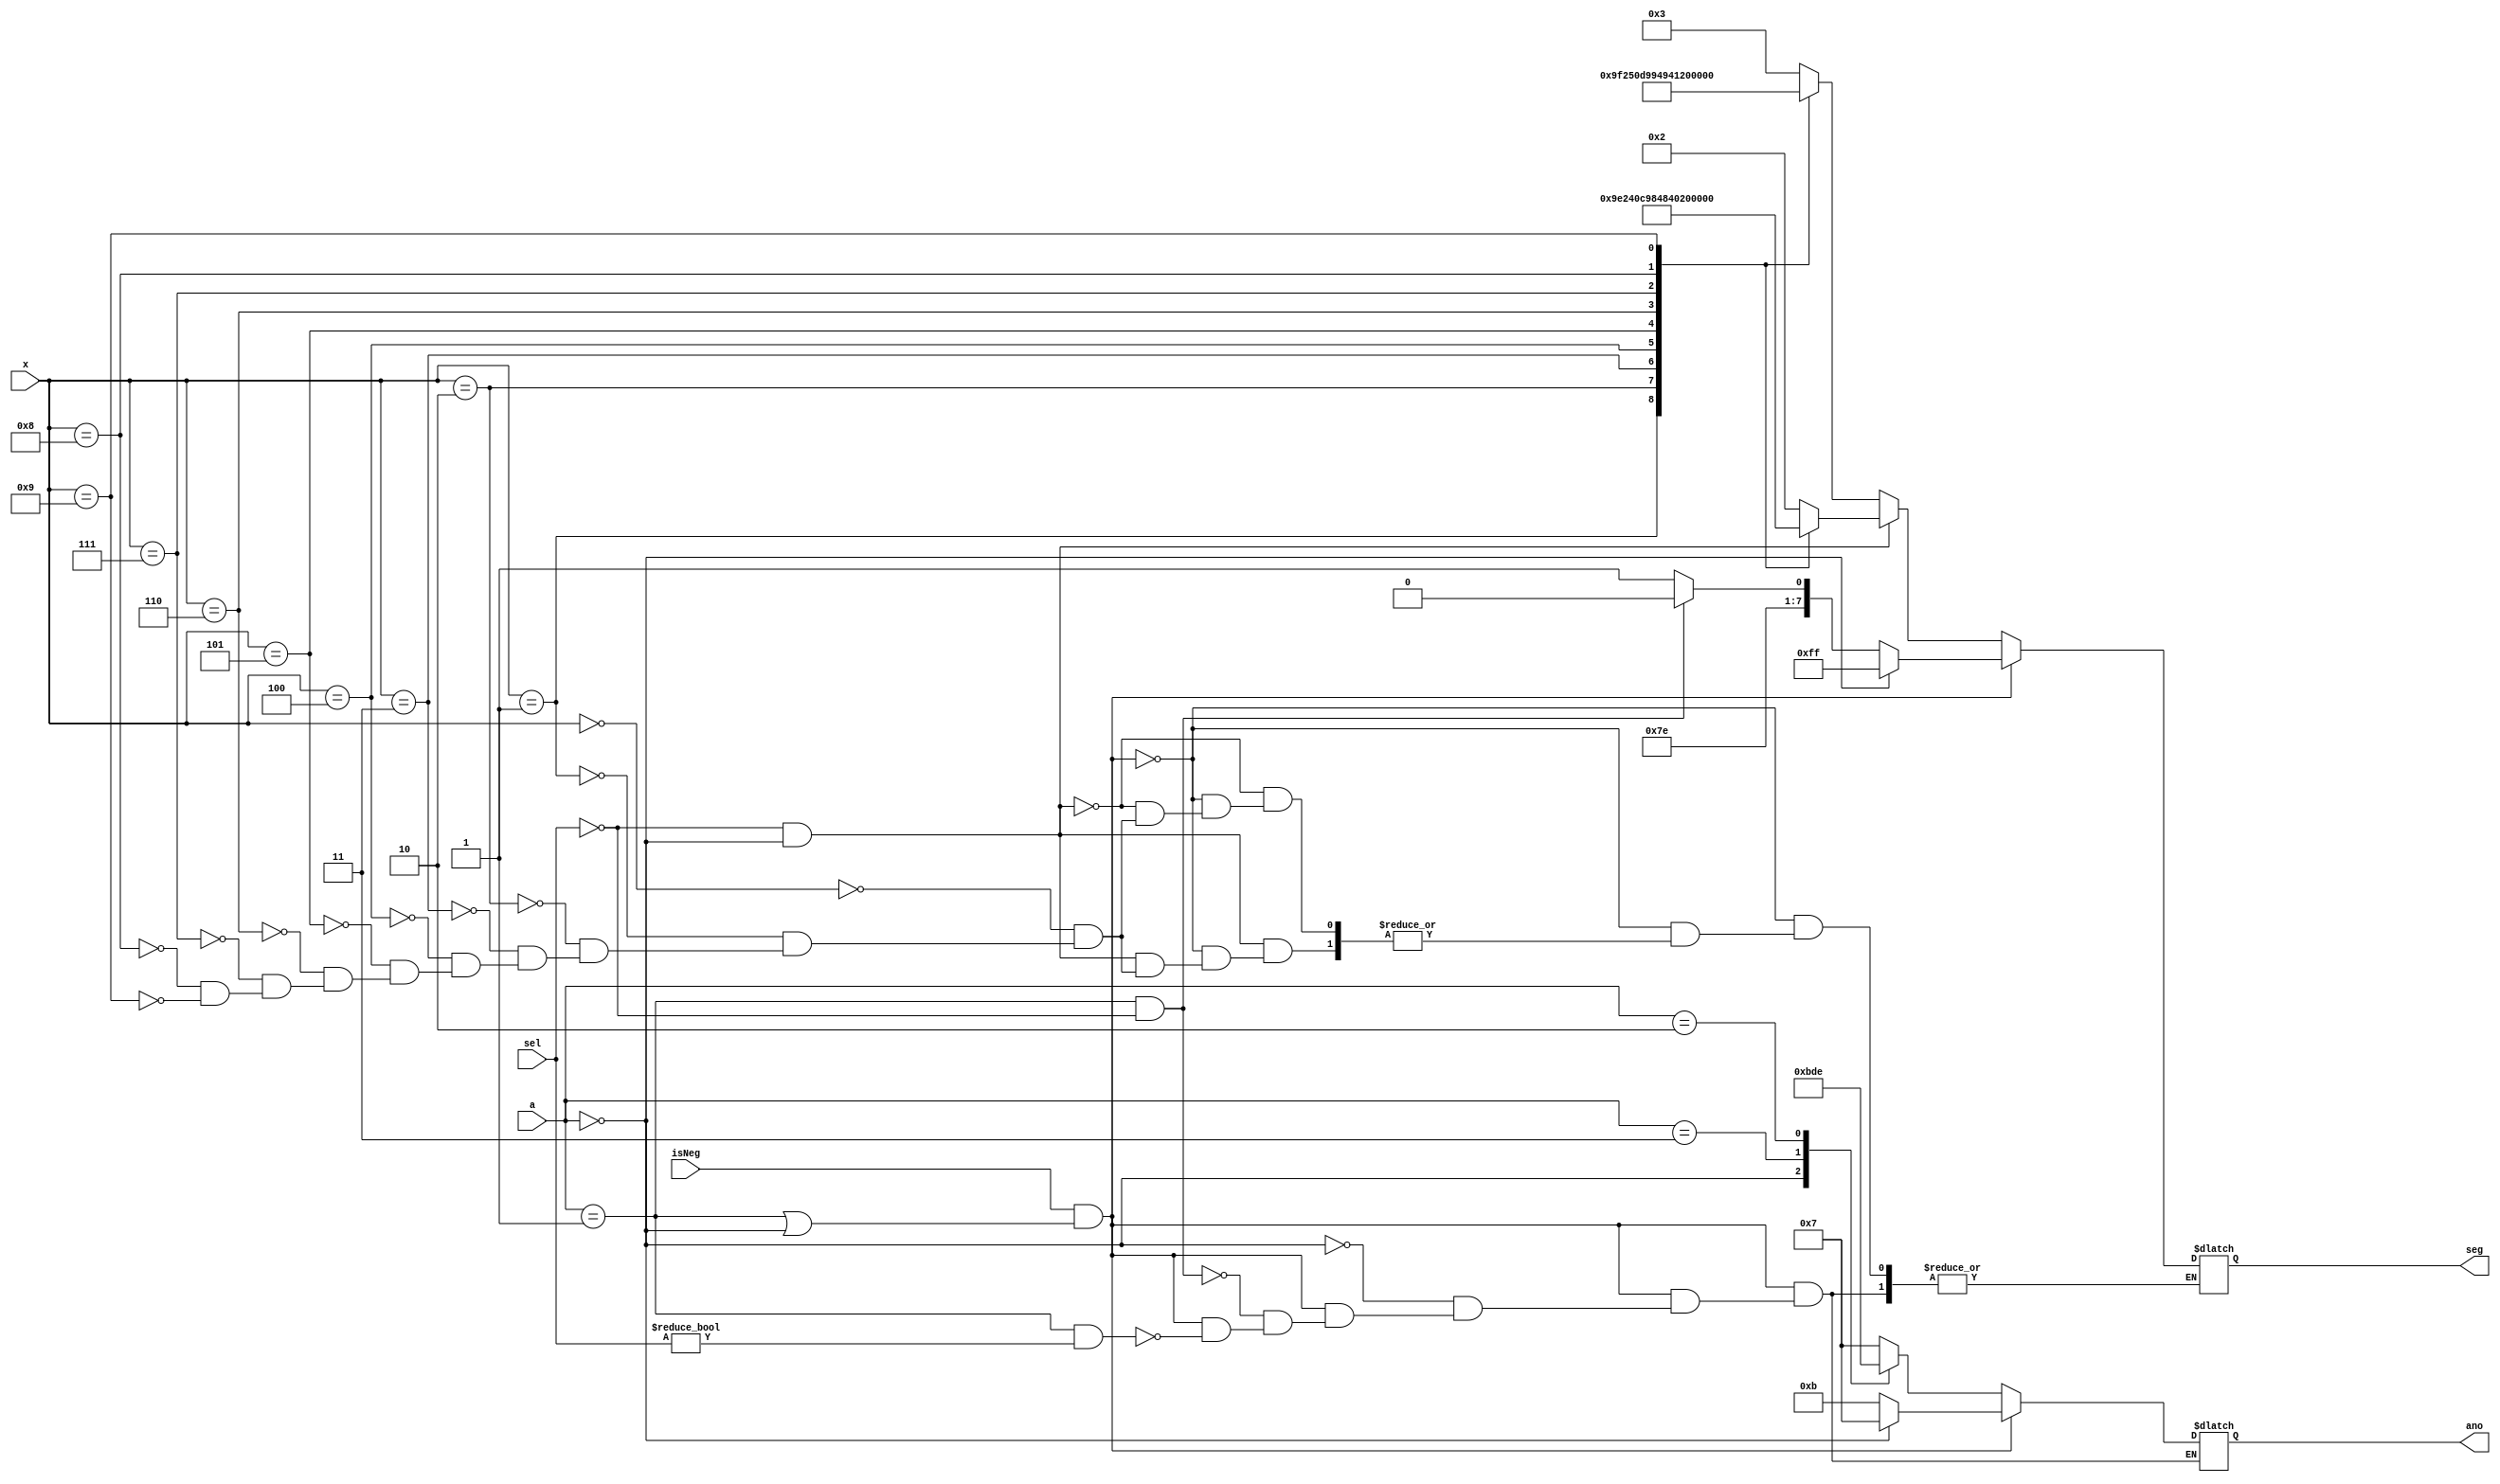
`timescale 1ns / 1ps
//////////////////////////////////////////////////////////////////////////////////
// Company: 
// Engineer: 
// 
// Design Name: 
// Module Name: sevSegDisplay
// Project Name: 
// Target Devices: 
// Tool Versions: 
// Description: 
// 
// Dependencies: 
// 
// Revision:
// Revision 0.01 - File Created
// Additional Comments:
// 
//////////////////////////////////////////////////////////////////////////////////

module sevSegDisplay(input [1:0] a, input [3:0] x, input isNeg, input [2:0] sel, output reg [0:7] seg, output reg [3:0] ano);


    always@(*) begin
   
        if (isNeg && (a==1 || a==0) )begin
       
            if(a == 1 && sel != 0) begin
                seg = 8'b11111101;
                ano = 4'b1011;
               
            end
           
            if(a == 1 && sel == 0) begin
                seg = 8'b11111100;
                ano = 4'b1011;
               
            end
           
            if (a == 0) begin
           
                seg = 8'b11111111;
                ano = 4'b0111;
            end
           
        end
       
        else begin
           
             if(sel == 0 && a == 0) begin
                case(x)
                    0:seg=8'b00000010;
                    1:seg=8'b10011110;
                    2:seg=8'b00100100;
                    3:seg=8'b00001100;
                    4:seg=8'b10011000;
                    5:seg=8'b01001000;
                    6:seg=8'b01000000;
                    7:seg=8'b00011110;
                    8:seg=8'b00000000;
                    9:seg=8'b00001000;
                endcase
             end
             
             else begin
                case(x)
                    0:seg=8'b00000011;
                    1:seg=8'b10011111;
                    2:seg=8'b00100101;
                    3:seg=8'b00001101;
                    4:seg=8'b10011001;
                    5:seg=8'b01001001;
                    6:seg=8'b01000001;
                    7:seg=8'b00011111;
                    8:seg=8'b00000001;
                    9:seg=8'b00001001;
                endcase
             end
             
                case(a)
                    1:ano=4'b0111;
                    0:ano=4'b1011;
                    3:ano=4'b1101;
                    2:ano=4'b1110;
                endcase
        end
    end
   
   
endmodule